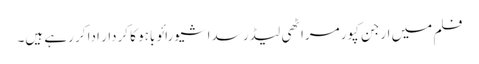
فلم میں ارجن کپور مراٹھی لیڈر سداشیورائو باہو کا کردار ادا کر رہے ہیں۔